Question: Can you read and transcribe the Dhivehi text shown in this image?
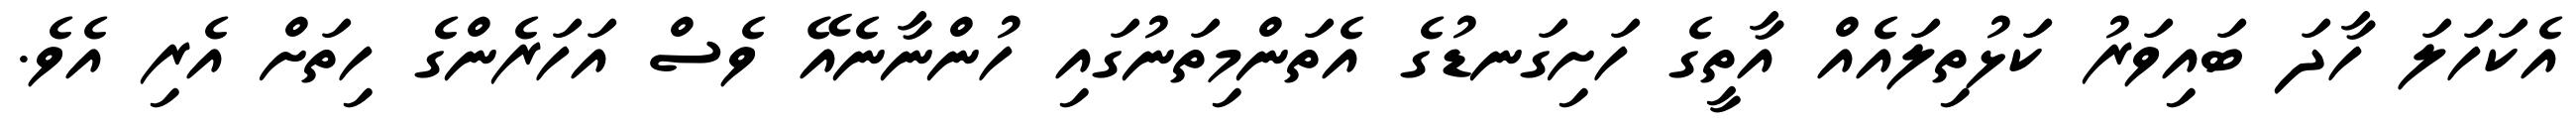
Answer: އެކަހަލަ ހާދަ ބައިވަރު ކަޅުތިލައެއް އާތީގެ ހަށިގަނޑުގެ އެތަންމިތަނުގައި ހުންނާނެއޭ ވެސް އަހަރެންގެ ހިތަށް އެރި އެވެ.